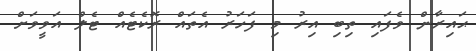
ޙައިރާން ވެފައި ތިބި އިރު މި ފަހަރު އެތައް ރޮކެޓެއް ޓެލް އަވީވަށް